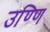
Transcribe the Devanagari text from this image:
उण्णि